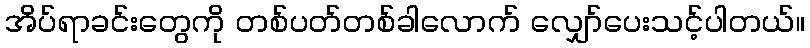
အိပ်ရာခင်းတွေကို တစ်ပတ်တစ်ခါလောက် လျှော်ပေးသင့်ပါတယ်။